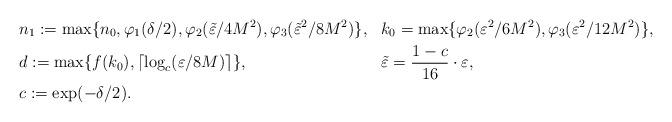
LaTeX: \begin{align*} &n_1:=\max\{n_0,\varphi_1(\delta/2),\varphi_2(\tilde\varepsilon/4M^2),\varphi_3(\tilde\varepsilon^2/8M^2)\},&&k_0=\max\{\varphi_2(\varepsilon^2/6M^2),\varphi_3(\varepsilon^2/12M^2)\},\\ &d:=\max\{f(k_0),\lceil\log_c(\varepsilon/8M)\rceil\},&&\tilde\varepsilon=\frac{1-c}{16}\cdot\varepsilon,\\ &c:=\exp(-\delta/2).&& \end{align*}